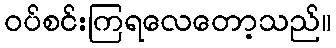
ဝပ်စင်းကြရလေတော့သည်။